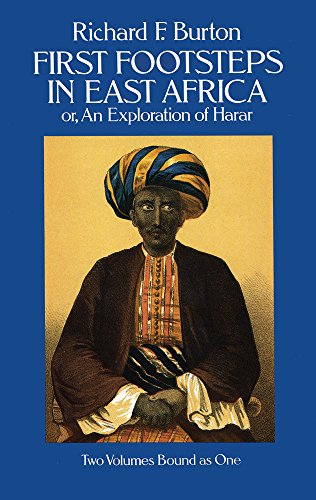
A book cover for First Footsteps in East Africa; Or, an Exploration of Harar (v. 1 & 2); Richard F. Burton; Travel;